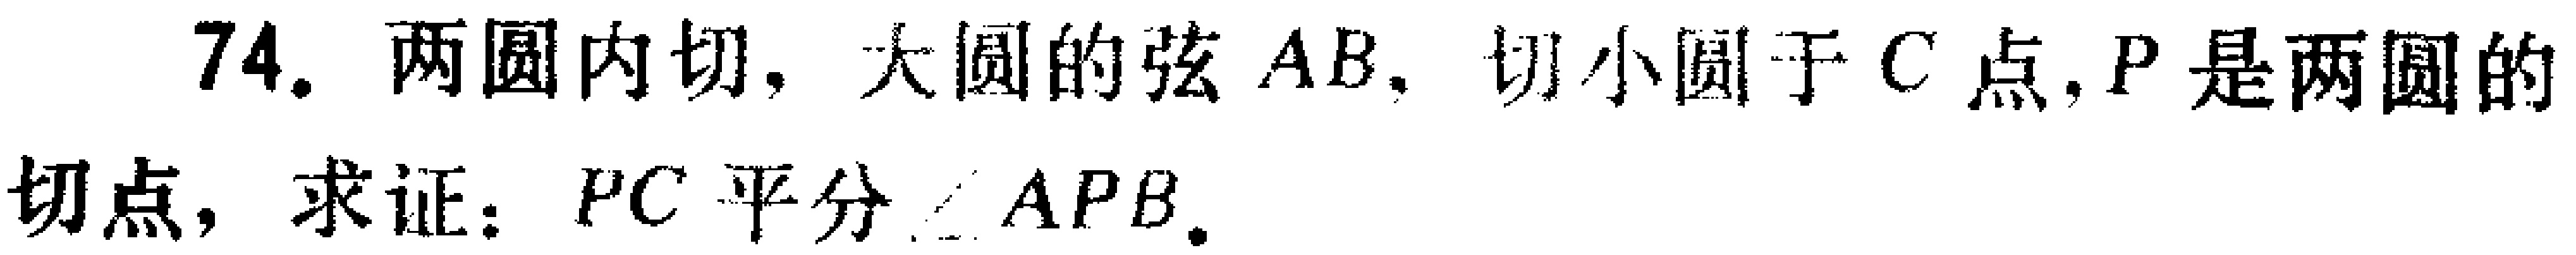
74. 两圆内切，大圆的弦 \(AB\)，切小圆于 \(C\) 点，\(P\) 是两圆的切点，求证：\(PC\) 平分 \(\angle APB\)。